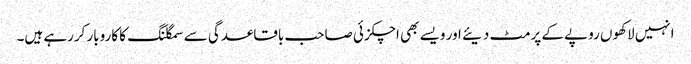
انہیں لاکھوں روپے کے پرمٹ دیئے اور ویسے بھی اچکزئی صاحب باقاعدگی سے سمگلنگ کا کاروبار کررہے ہیں۔